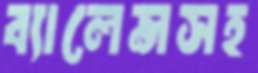
ব্যালেন্সসহ